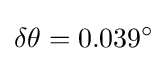
\delta \theta =0.039^{\circ }